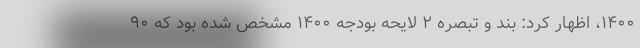
۱۴۰۰، اظهار کرد: بند و تبصره ۲ لایحه بودجه ۱۴۰۰ مشخص شده بود که ۹۰